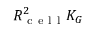
R _ { \mathrm { ~ c ~ e ~ l ~ l ~ } } ^ { 2 } K _ { G }